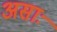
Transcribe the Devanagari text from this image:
असाः